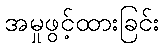
အမှုဖွင့်ထားခြင်း